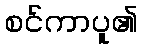
စင်ကာပူ၏